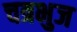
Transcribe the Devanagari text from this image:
चत्रभुज